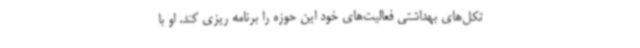
تکل‌های بهداشتی فعالیت‌های خود این حوزه را برنامه ریزی کند. او با